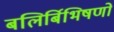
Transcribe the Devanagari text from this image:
बलिर्बिभिषणो